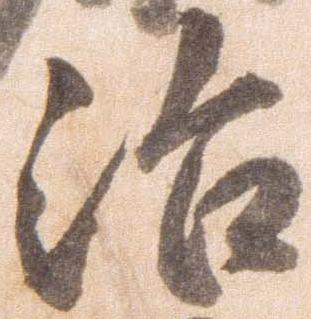
治